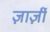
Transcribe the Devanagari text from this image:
ज़ार्ज़ी